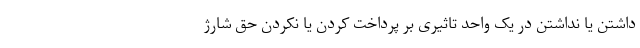
داشتن یا نداشتن در یک واحد تاثیری بر پرداخت کردن یا نکردن حق شارژ